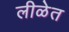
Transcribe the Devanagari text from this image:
लीळेत